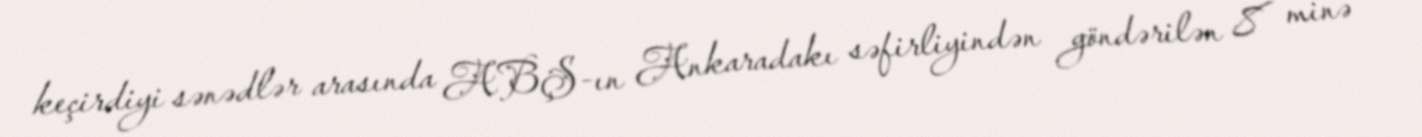
keçirdiyi sənədlər arasında ABŞ-ın Ankaradakı səfirliyindən göndərilən 8 minə